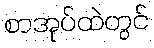
စာအုပ်ထဲတွင်